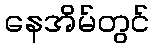
နေအိမ်တွင်